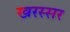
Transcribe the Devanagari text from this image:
खरस्सर